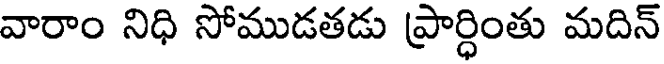
వారాం నిధి సోముడతడు ప్రార్ధింతు మదిన్